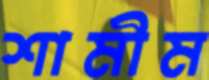
শামীম